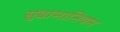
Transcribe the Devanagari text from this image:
सुब्रामानियम